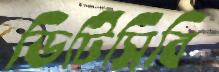
ডিটিসিবি